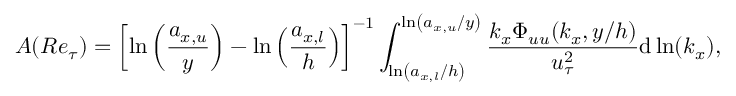
A ( R e _ { \tau } ) = \left[ \ln \left( \frac { a _ { x , u } } { y } \right) - \ln \left( \frac { a _ { x , l } } { h } \right) \right] ^ { - 1 } \int _ { \ln \left( a _ { x , l } / h \right) } ^ { \ln \left( a _ { x , u } / y \right) } \frac { k _ { x } \Phi _ { u u } ( k _ { x } , y / h ) } { u _ { \tau } ^ { 2 } } \mathrm { d } \ln ( k _ { x } ) ,